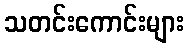
သတင်းကောင်းများ